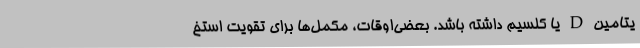
یتامین D یا کلسیم داشته باشد. بعضی‌اوقات، مکمل‌ها برای تقویت استخ